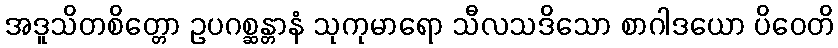
အဒူသိတစိတ္တော ဥပဂစ္ဆန္တာနံ သုကုမာရော သီလသဒိသော စာဂါဒယော ပိဝေတိ